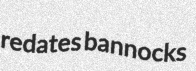
redates bannocks